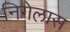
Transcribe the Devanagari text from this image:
निगेलास